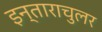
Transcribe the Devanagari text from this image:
इन्ताराचुलर